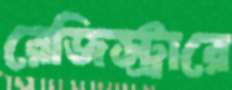
রেজিস্ট্রারে